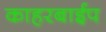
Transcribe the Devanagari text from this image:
काहरबाईप